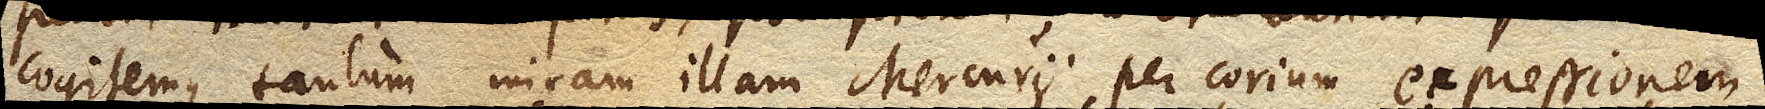
Cogitemus tantum miram illam Mercurii per corium expressionem: